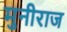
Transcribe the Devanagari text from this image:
मुनीराज